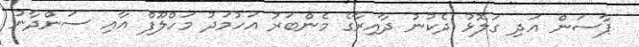
ޕާސަން އަދި ގަލޮޅު ދެކުނު ދާއިރާގެ މެންބަރު އަހުމަދު މަހްލޫފް އާއި ސަންދާނު